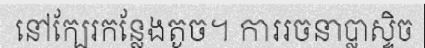
នៅក្បែរកន្លែងតូច។ ការរចនាប្លាស្ទិច